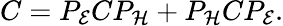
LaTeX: C=P_{\cal E}CP_{\cal H}+P_{\cal H}CP_{\cal E}.